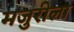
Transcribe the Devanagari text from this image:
मजुरीला